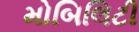
મોબિલિટી